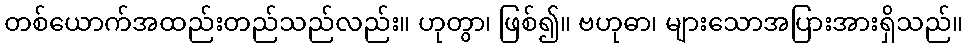
တစ်ယောက်အထည်းတည်သည်လည်း။ ဟုတွာ၊ ဖြစ်၍။ ဗဟုဓာ၊ များသောအပြားအားရှိသည်။